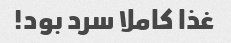
غذا کاملا سرد بود!